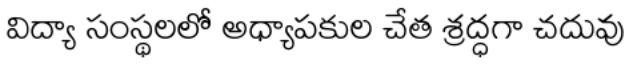
విద్యా సంస్థలలో అధ్యాపకుల చేత శ్రద్ధగా చదువు